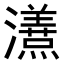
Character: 𭳦